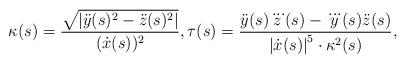
LaTeX: \begin{align*}\kappa (s)=\frac{\sqrt{\left\vert \ddot{y}(s)^{2}-\ddot{z}(s)^{2}\right\vert}}{(\dot{x}(s))^{2}},\tau (s)=\frac{\ddot{y}(s)\dddot{z}(s)-\dddot{y}(s)\ddot{z}(s)}{\left\vert \dot{x}(s)\right\vert ^{5}\cdot \kappa ^{2}(s)},\end{align*}